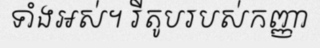
ទាំងអស់។ រីតូបរបស់កញ្ញា